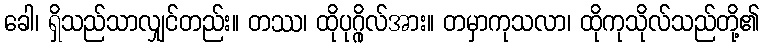
ခေါ၊ ရှိသည်သာလျှင်တည်း။ တဿ၊ ထိုပုဂ္ဂိုလ်အား။ တမှာကုသလာ၊ ထိုကုသိုလ်သည်တို့၏